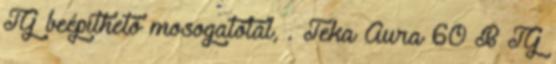
TG beépíthető mosogatótál, . Teka Aura 60 B TG